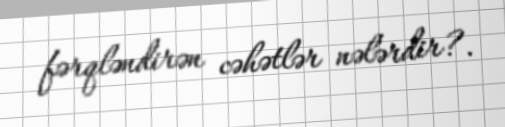
fərqləndirən cəhətlər nələrdir?.